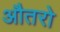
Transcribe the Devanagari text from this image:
औतरो